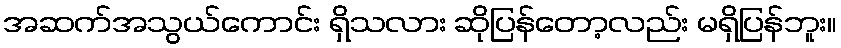
အဆက်အသွယ်ကောင်း ရှိသလား ဆိုပြန်တော့လည်း မရှိပြန်ဘူး။